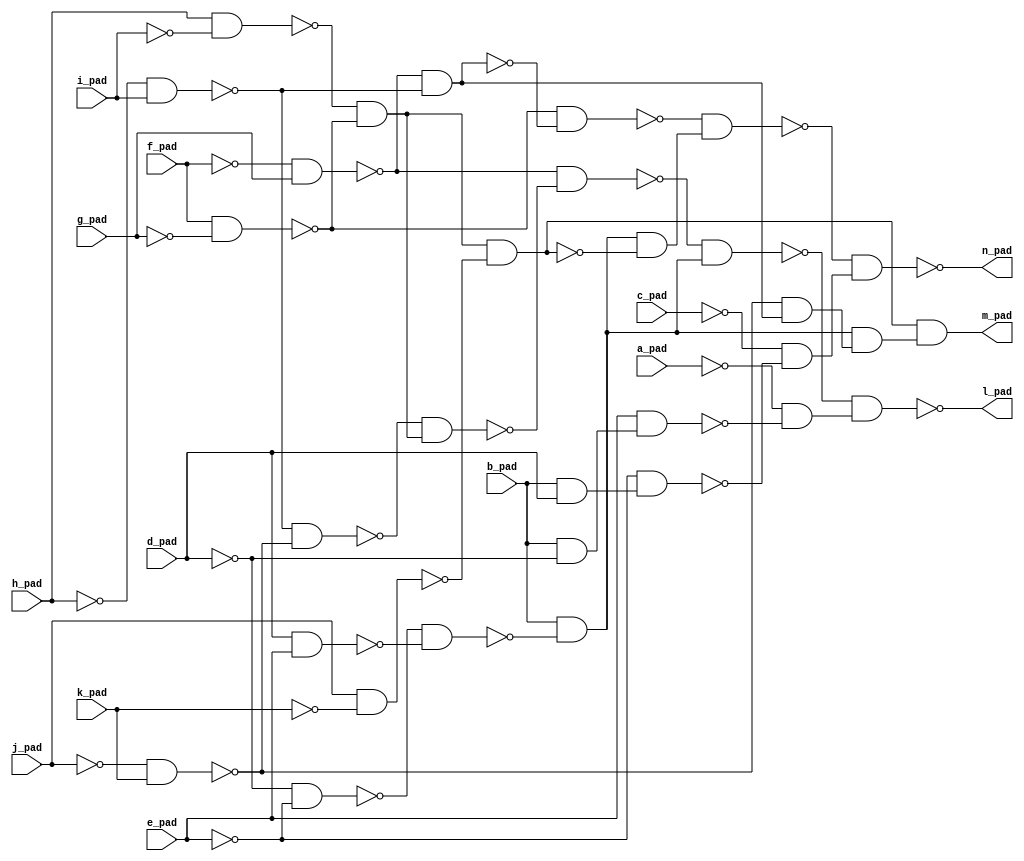
module top( a_pad , b_pad , c_pad , d_pad , e_pad , f_pad , g_pad , h_pad , i_pad , j_pad , k_pad , l_pad , m_pad , n_pad );
  input a_pad ;
  input b_pad ;
  input c_pad ;
  input d_pad ;
  input e_pad ;
  input f_pad ;
  input g_pad ;
  input h_pad ;
  input i_pad ;
  input j_pad ;
  input k_pad ;
  output l_pad ;
  output m_pad ;
  output n_pad ;
  wire n12 , n13 , n14 , n15 , n16 , n17 , n18 , n19 , n20 , n21 , n22 , n23 , n24 , n25 , n26 , n27 , n28 , n29 , n30 , n31 , n32 , n33 , n34 , n35 , n36 , n37 , n38 , n39 , n40 , n41 , n42 ;
  assign n12 = ~f_pad & g_pad ;
  assign n13 = ~h_pad & i_pad ;
  assign n14 = ~j_pad & k_pad ;
  assign n15 = ~n13 & ~n14 ;
  assign n16 = h_pad & ~i_pad ;
  assign n17 = f_pad & ~g_pad ;
  assign n18 = ~n16 & ~n17 ;
  assign n19 = ~n15 & n18 ;
  assign n20 = ~n12 & ~n19 ;
  assign n21 = ~d_pad & ~e_pad ;
  assign n22 = d_pad & e_pad ;
  assign n23 = ~n21 & ~n22 ;
  assign n24 = b_pad & ~n23 ;
  assign n25 = ~n20 & n24 ;
  assign n26 = b_pad & ~d_pad ;
  assign n27 = e_pad & n26 ;
  assign n28 = ~a_pad & ~n27 ;
  assign n29 = ~n25 & n28 ;
  assign n31 = j_pad & ~k_pad ;
  assign n32 = n18 & ~n31 ;
  assign n30 = ~n12 & ~n13 ;
  assign n33 = ~n14 & n30 ;
  assign n34 = n24 & n33 ;
  assign n35 = n32 & n34 ;
  assign n38 = ~n17 & ~n30 ;
  assign n39 = n24 & ~n32 ;
  assign n40 = ~n38 & n39 ;
  assign n36 = b_pad & d_pad ;
  assign n37 = ~e_pad & n36 ;
  assign n41 = ~c_pad & ~n37 ;
  assign n42 = ~n40 & n41 ;
  assign l_pad = ~n29 ;
  assign m_pad = n35 ;
  assign n_pad = ~n42 ;
endmodule